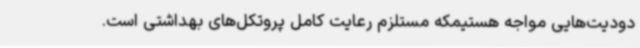
دودیت‌هایی مواجه‌ هستیمکه مستلزم رعایت کامل پروتکل‌های بهداشتی است‌.